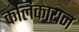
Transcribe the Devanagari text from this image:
कलिकायन